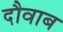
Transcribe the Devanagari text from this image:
दौवाब